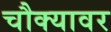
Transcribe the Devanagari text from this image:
चौक्यावर